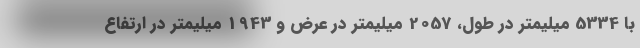
با 5334 میلیمتر در طول، 2057 میلیمتر در عرض و 1943 میلیمتر در ارتفاع